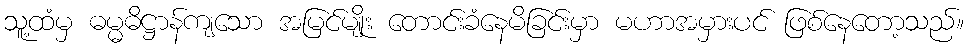
သူ့ထံမှ ဓမ္မဓိဋ္ဌာန်ကျသော အမြင်မျိုး တောင်းခံနေမိခြင်းမှာ မဟာအမှားပင် ဖြစ်နေတော့သည်။